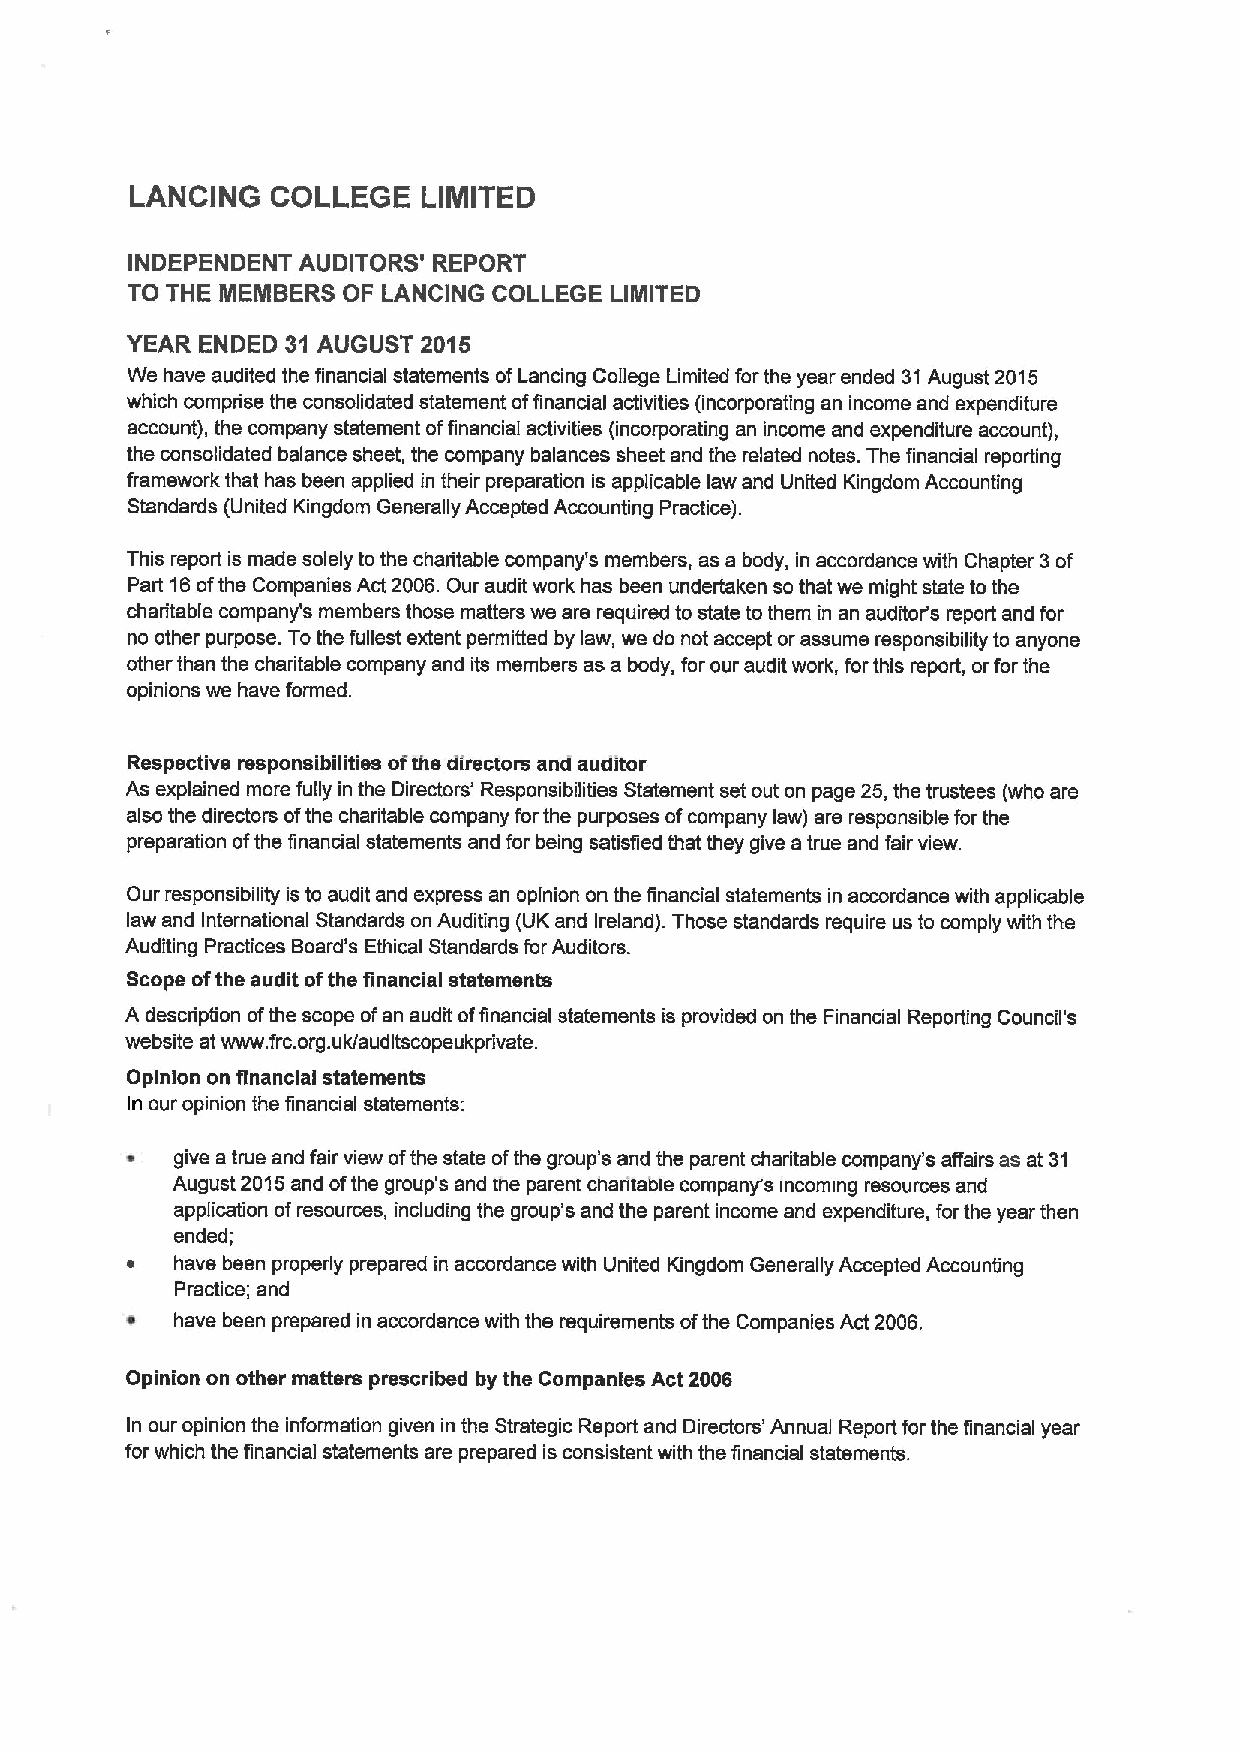
LANCING  COLLEGE   LIMITED
 INDEPENDENT AUDITORS' REPORT
 TO THE MEMBERS OF LANCING COLLEGE LIMITED
 YEAR ENDED 31 AUGUST 2015
 We have audited the financial statements ofLancing College Limited forthe year ended 31August 2015
 which comprise the consolidated statement offinancial activities (incorporating an income and expenditure
 account), the company statement offinancial activities (incorporating an income and expenditure account),
 the consolidated balance sheet, the company balances sheet and the related notes. The financial reporting
 framework that has been applied in their preparation is applicable law and United Kingdom Accounting
 Standards (United Kingdom Generally Accepted Accounting Practice).
 This report is made solely to the charitable company's members, as a body, in accordance with Chapter 3of
 Part 16ofthe Companies Act 2006. Our audit work has been undertaken so that we might state to the
 charitable company's members those matters we are required to state to them in an auditor's report and for
 no other purpose. Tothe fullest extent permitted by law, we do not accept or assume responsibility to anyone
 other than the charitable company and its members as a body, for our audit work, forthis report, orfor the
 opinions we have formed.
 Respective responsibilities ofthe directors and auditor
 As explained more fully in the Directors' Responsibilities Statement set out on page 25,the trustees (who are
 also the directors ofthe charitable company forthe purposes ofcompany law) are responsible for the
 preparation ofthe financial statements and for being satisfied that they give a true and fair view.
 Our responsibility is to audit and express an opinion on the financial statements in accordance with applicable
 law and International Standards on Auditing (UK and Ireland). Those standards require us to comply with the
 Auditing Practices Board's Ethical Standards forAuditors.
 Scope ofthe audit ofthe financial statements
 A description ofthe scope ofan audit offinancial statements is provided on the Financial Reporting Council's
 website at www. frc.org.uk/auditscopeukpdivate.
 Opinion on financial statements
 In our opinion the financial statements:
 give a true and fair view ofthe state ofthe group's and the parent charitable company's affairs as at 31
 August 2015and ofthe group's and tne parent charitabie companys incoming resources and
 application ofresources, including the group's and the parent income and expenditure, forthe year then
 ended;
 have been properly prepared in accordance with United Kingdom Generally Accepted Accounting
 Practice; and
 ~   have been prepared in accordance with the requirements ofthe Companies Act 2006.
 Opinion on other matters prescribed by the Companies Act 2006
 In our opinion the information given in the Strategic Report and Directors' Annual Report for the financial year
 for which the financial statements are prepared is consistent with the financial statements.